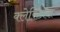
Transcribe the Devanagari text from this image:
क्लेरिटास